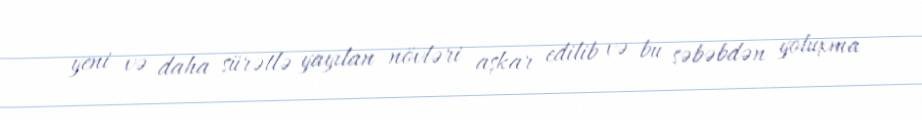
yeni və daha sürətlə yayılan növləri aşkar edilib və bu səbəbdən yoluxma